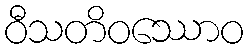
ဝီသတိဝဿောဝ